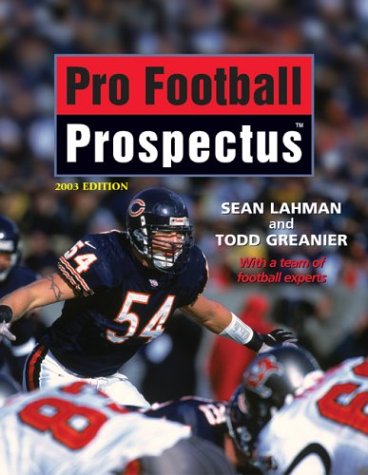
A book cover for Pro Football Prospectus: 2003 EDITION; Sean Lahman; Humor & Entertainment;